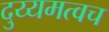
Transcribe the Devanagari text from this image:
दुय्यमत्वच